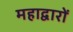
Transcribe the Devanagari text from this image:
महाद्वारों